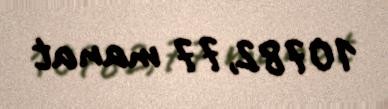
10782,77 manat